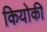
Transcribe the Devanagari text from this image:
कियोकी